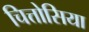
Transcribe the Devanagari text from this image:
चित्तोसिया